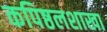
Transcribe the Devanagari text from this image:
कपिष्ठलशाखा